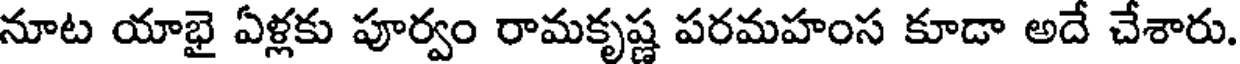
నూట యాభై ఏళ్లకు పూర్వం రామకృష్ణ పరమహంస కూడా అదే చేశారు.